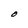
Character: O